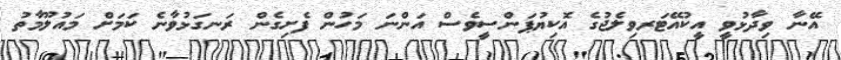
އޭނާ ވިދާޅުވީ އީކުއޭޓަރވިލެޖުގެ އޮކިޔުޕަންސީވެސް އަންނަ މަހުން ފެށިގެން ރަނގަޅުވާނެ ކަމަށް މައުލޫމާތު